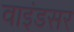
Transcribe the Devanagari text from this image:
वाइंडसर